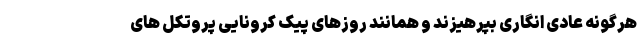
هرگونه عادی انگاری بپرهیزند و همانند روزهای پیک کرونایی پروتکل های